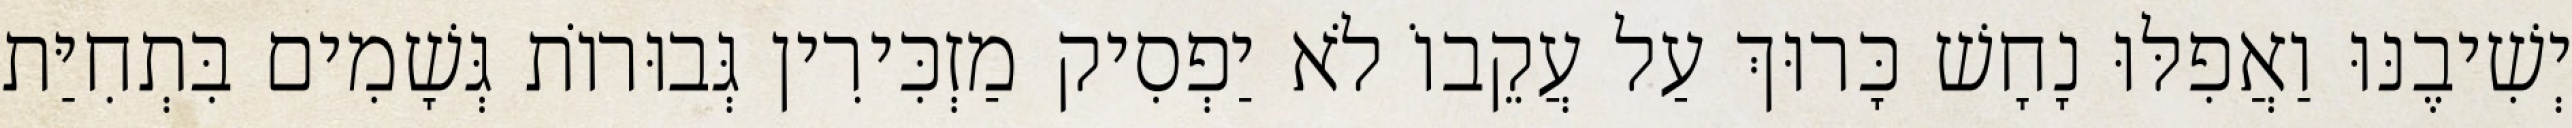
יְשִׁיבֶנּוּ וַאֲפִלּוּ נָחָשׁ כָּרוּךְ עַל עֲקֵבוֹ לֹא יַפְסִיק מַזְכִּירִין גְּבוּרוֹת גְּשָׁמִים בִּתְחִיַּת